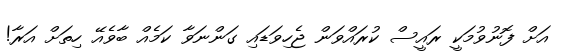
އަށް ފޮނުވުމަކީ ރައީސް ކުރައްވަން ޖެހިވަޑައި ގަންނަވާ ކަމެއް ބާވެއޭ ހިތަށް އަރާ!